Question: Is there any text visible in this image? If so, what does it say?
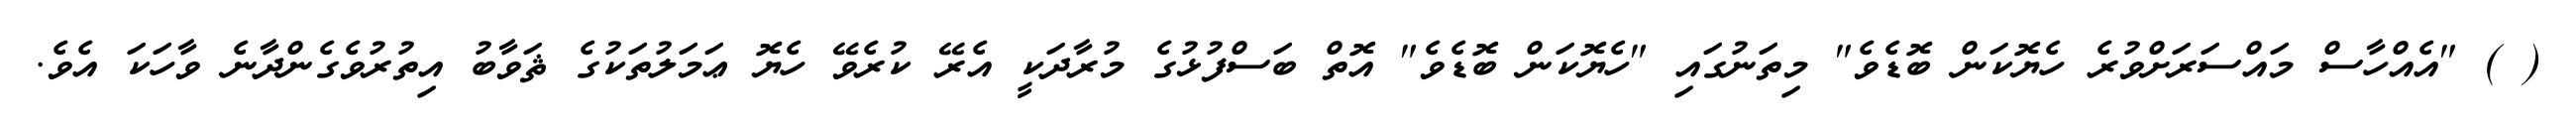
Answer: ( ) "އެއްހާސް މައްސަރަށްވުރެ ހެޔޮކަން ބޮޑެވެ" މިތަނުގައި "ހެޔޮކަން ބޮޑެވެ" އޮތް ބަސްފުޅުގެ މުރާދަކީ އެރޭ ކުރެވޭ ހެޔޮ ޢަމަލުތަކުގެ ޘަވާބު އިތުރުވެގެންދާނެ ވާހަކަ އެވެ.